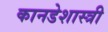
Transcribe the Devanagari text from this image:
कानडेशास्त्री